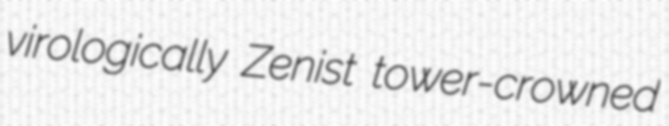
virologically Zenist tower-crowned